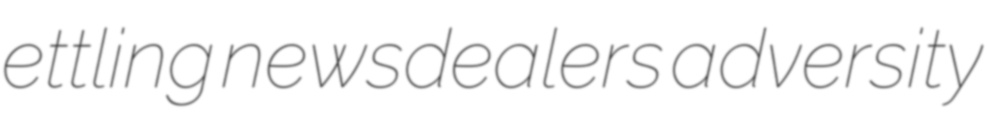
ettling newsdealers adversity